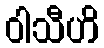
ဝါသီဟိ